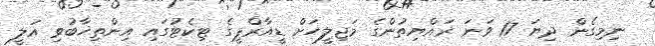
ނިމިގެން ދިޔަ 17 ވަނަ ރައްޔިތުންގެ މަޖިލީހަށް ޑީއާރްޕީގެ ޓިކެޓުގައި އިންތިޚާބުވި އަލީ